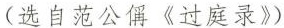
(选自范公《过庭录》)